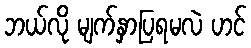
ဘယ်လို မျက်နှာပြရမလဲ ဟင်